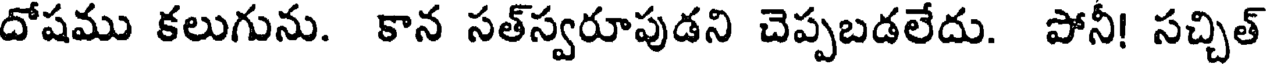
దోషము కలుగును. కాన సత్స్వరూపుడని చెప్పబడలేదు. పోనీ! సచ్చిత్